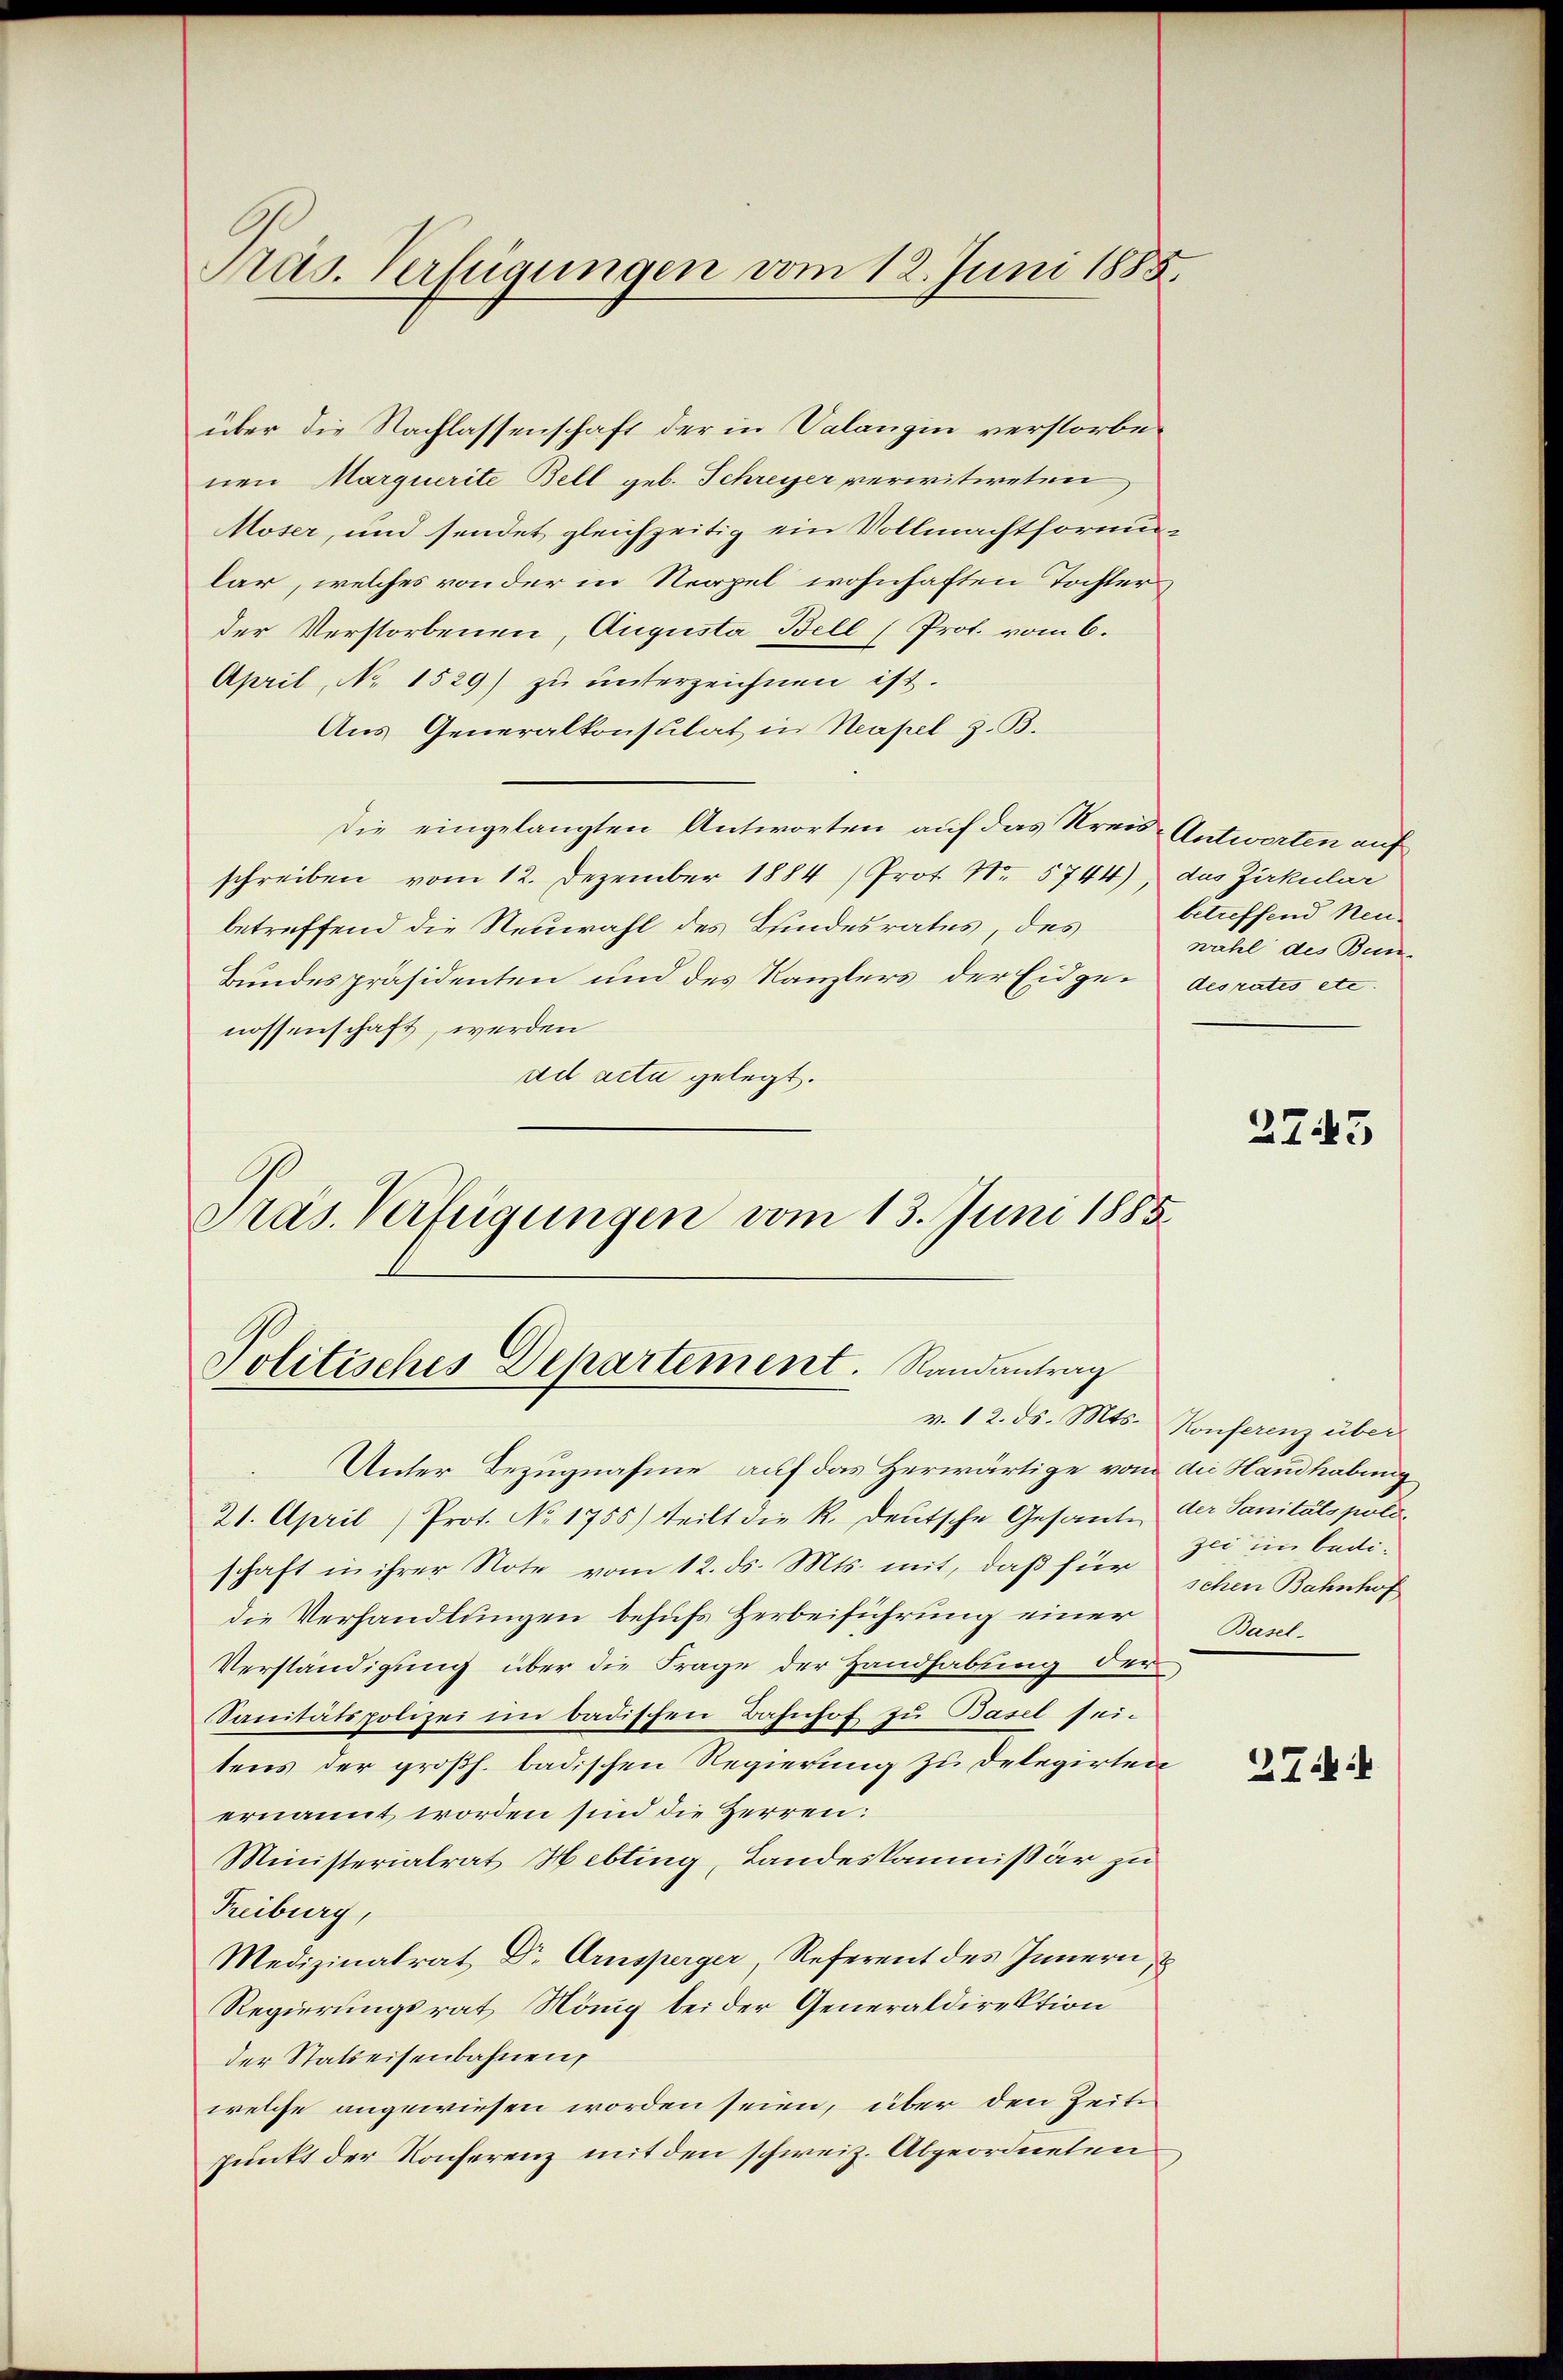
Pras. Verfügungen vom 12. Juni 1885.

über die Nachlassenschaft der in Valangin verstorbenen Marquerite Bell geb. Schreyer verwitweten
Moser, und sendet gleichzeitig ein Vollmachtformular, welches von der in Nerpel wohnhaften Tochter
der Verstorbenen, Augusta Bell (Prof. vom 6.
April, No 1529) zu unterzeichnen ist.
Aus Generalkonsulat in Neapel z. B.
Die eingelangten Antworten auf das Kreis- Antworten auf
schreiben vom 12. Dezember 1884 / Prot. Nr. 5744), das Zirkular
betreffend die Neuwahl des Bundesrates, des
Bundespräsidenten und des Kanzlers der Eidge- desrates etc.
nossenschaft, werden
ad acta gelegt.
Präs. Verfügungen vom 13. Juni 1885.

Politisches Departement. Randantrag

v. 12. ds. Mts. Konferenz über

betreffend Neuwahl des Bun¬

Unter Bezugnahme auf das Herwärtige vom die Handhabung
21. April) Prot. No 1755) teilt die R. deutsche Gesante der Sanitätspoli
schaft in ihrer Note vom 12. ds. Mts. mit, daβ für schen Bahnhof
die Verhandlungen behufs Herbeiführung einer
Verständigung über die Frage der Handhabung der
Sanitätspolizei im badischen Bahnhof zu Basel seitens der großh. badischen Regierung zu Delegirten
ernannt worden sind die Herren:
Ministerialrat Hebting, Landeskommissär zu
Freiburg,
Medizinalrat Dr Arnsperger, Referent des Innern,
Regierungsrat König bei der Generaldirektion
der Statteisenbahnen,
welche angewiesen worden seien, über den Zeit
punkt der Konferenz mit den schweiz. Abgeordneten

275

zei im bedi¬
Basel-

24: